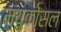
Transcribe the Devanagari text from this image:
म्युकोसल